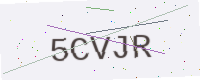
Text: 5CVJR